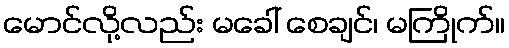
မောင်လို့လည်း မခေါ် စေချင်၊ မကြိုက်။